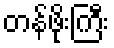
တန်ဖိုးကြီး